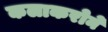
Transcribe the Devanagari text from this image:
कलाकरोने